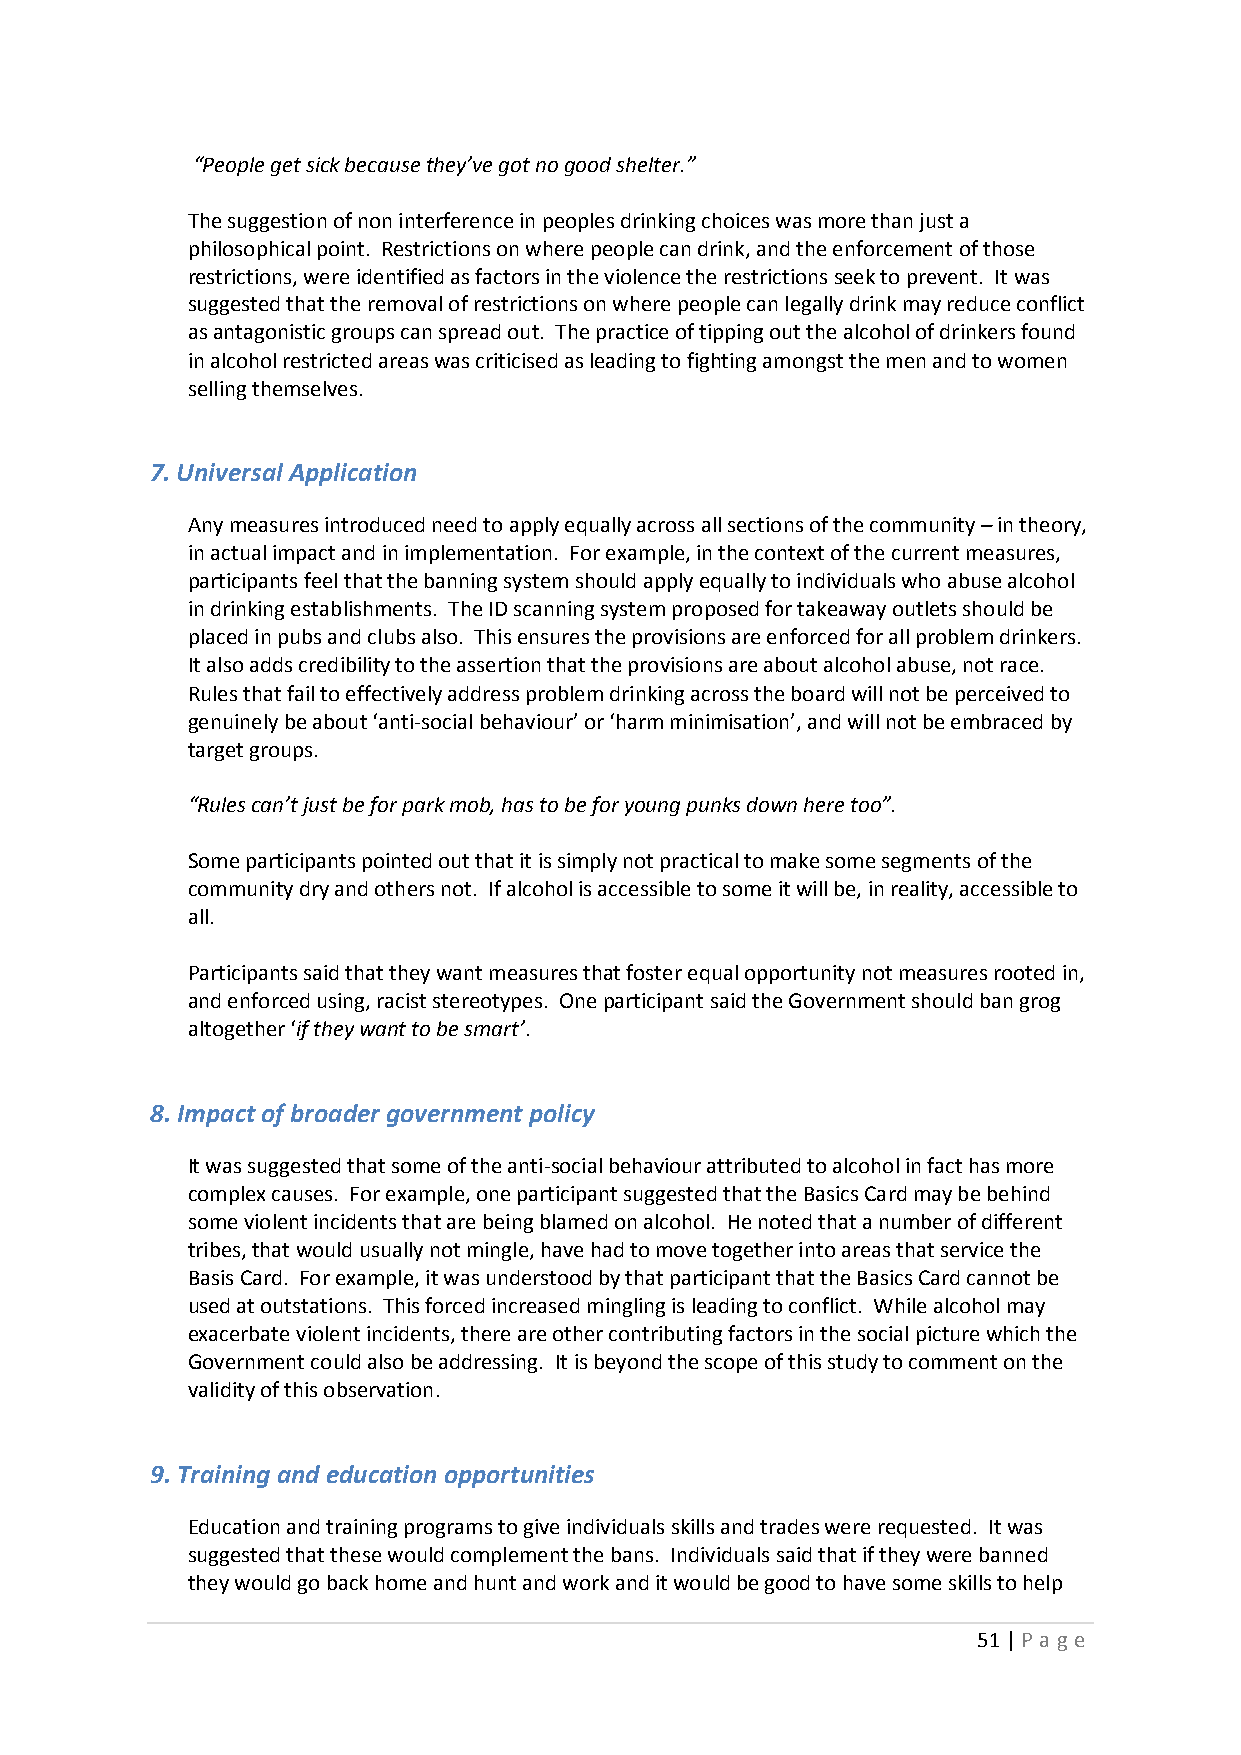
“People get sick because they’ve got no good shelter.”
 The suggestion of non interference in peoples drinking choices was more than just a
 philosophical point. Restrictions on where people can drink, and the enforcement of those
 restrictions, were identified as factors in the violence the restrictions seek to prevent. It was
 suggested that the removal of restrictions on where people can legally drink may reduce conflict
 as antagonistic groups can spread out. The practice of tipping out the alcohol of drinkers found
 in alcohol restricted areas was criticised as leading to fighting amongst the men and to women
 selling themselves.
 7. Universal Application
 Any measures introduced need to apply equally across all sections of the community – in theory,
 in actual impact and in implementation. For example, in the context of the current measures,
 participants feel that the banning system should apply equally to individuals who abuse alcohol
 in drinking establishments. The ID scanning system proposed for takeaway outlets should be
 placed in pubs and clubs also. This ensures the provisions are enforced for all problem drinkers.
 It also adds credibility to the assertion that the provisions are about alcohol abuse, not race.
 Rules that fail to effectively address problem drinking across the board will not be perceived to
 genuinely be about ‘anti-social behaviour’ or ‘harm minimisation’, and will not be embraced by
 target groups.
 “Rules can’t just be for park mob, has to be for young punks down here too”.
 Some participants pointed out that it is simply not practical to make some segments of the
 community dry and others not. If alcohol is accessible to some it will be, in reality, accessible to
 all.
 Participants said that they want measures that foster equal opportunity not measures rooted in,
 and enforced using, racist stereotypes. One participant said the Government should ban grog
 altogether ‘if they want to be smart’.
 8. Impact of broader government policy
 It was suggested that some of the anti-social behaviour attributed to alcohol in fact has more
 complex causes. For example, one participant suggested that the Basics Card may be behind
 some violent incidents that are being blamed on alcohol. He noted that a number of different
 tribes, that would usually not mingle, have had to move together into areas that service the
 Basis Card. For example, it was understood by that participant that the Basics Card cannot be
 used at outstations. This forced increased mingling is leading to conflict. While alcohol may
 exacerbate violent incidents, there are other contributing factors in the social picture which the
 Government could also be addressing. It is beyond the scope of this study to comment on the
 validity of this observation.
 9. Training and education opportunities
 Education and training programs to give individuals skills and trades were requested. It was
 suggested that these would complement the bans. Individuals said that if they were banned
 they would go back home and hunt and work and it would be good to have some skills to help
 51 | P age